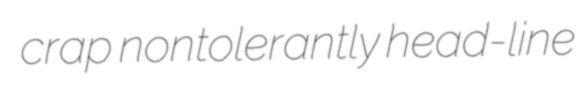
crap nontolerantly head-line